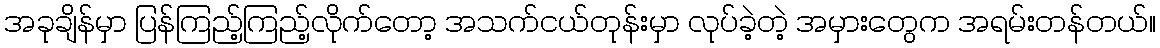
အခုချိန်မှာ ပြန်ကြည့်ကြည့်လိုက်တော့ အသက်ငယ်တုန်းမှာ လုပ်ခဲ့တဲ့ အမှားတွေက အရမ်းတန်တယ်။